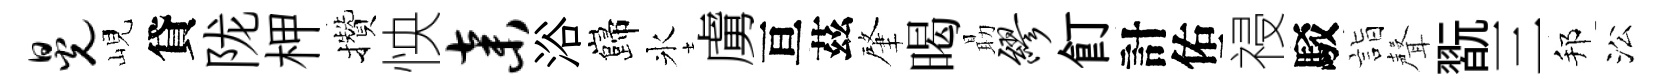
晃峴貸陇柙攢怏弃浴巋氷虜亘茲肇暍朂缪飣計佑祲駁詣聲翫三邦㳂